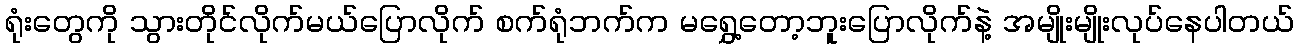
ရုံးတွေကို သွားတိုင်လိုက်မယ်ပြောလိုက် စက်ရုံဘက်က မရွှေ့တော့ဘူးပြောလိုက်နဲ့ အမျိုးမျိုးလုပ်နေပါတယ်